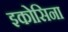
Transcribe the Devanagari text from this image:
इकोसिना